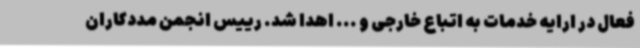
فعال در ارایه خدمات به اتباع خارجی و ... اهدا شد. رییس انجمن مددکاران